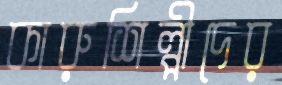
কারুশিল্পীদের